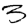
Digit: 3